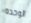
الوحده